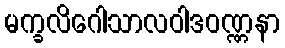
မက္ခလိဂေါသာလဝါဒဝဏ္ဏနာ